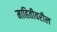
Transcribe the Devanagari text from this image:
माहितीवरील